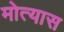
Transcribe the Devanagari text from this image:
मोत्यास